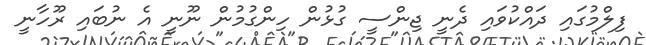
ފިލްމުގައި ދައްކުވައި ދެނީ ޖިންސީ ގުޅުން ހިންގުމުން ނޫނީ އެ ނުބައި ރޫހާނީ